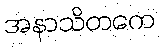
အနာသိတကေ